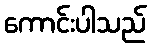
ကောင်းပါသည်